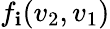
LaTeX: f_{\mathbf{i}}(v_{2},v_{1})